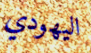
اليهودي